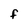
Character: F